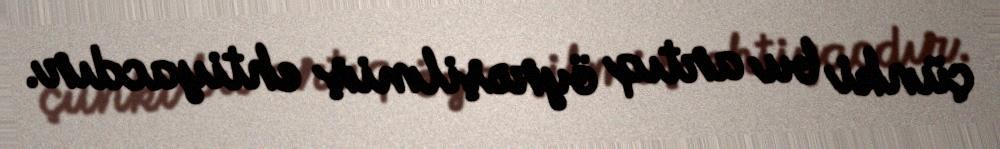
çünki bu artıq öyrəşilmiş ehtiyacdır.